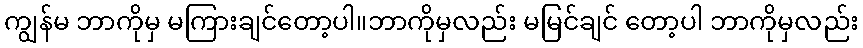
ကျွန်မ ဘာကိုမှ မကြားချင်တော့ပါ။ဘာကိုမှလည်း မမြင်ချင် တော့ပါ ဘာကိုမှလည်း